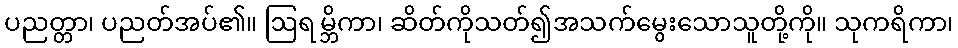
ပညတ္တာ၊ ပညတ်အပ်၏။ ဩရမ္ဘိကာ၊ ဆိတ်ကိုသတ်၍အသက်မွေးသောသူတို့ကို။ သုကရိကာ၊